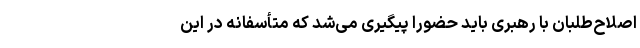
اصلاح‌طلبان با رهبری باید حضوراً‌ پیگیری می‌شد که متأسفانه در این